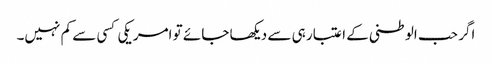
اگر حب الوطنی کے اعتبار ہی سے دیکھا جائے تو امریکی کسی سے کم نہیں۔